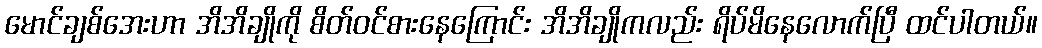
မောင်ချစ်အေးဟာ အိအိချိုကို စိတ်ဝင်စားနေကြောင်း အိအိချိုကလည်း ရိပ်မိနေလောက်ပြီ ထင်ပါတယ်။